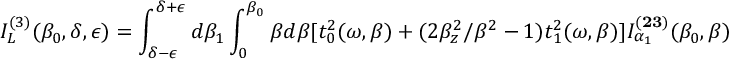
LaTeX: I _ { L } ^ { ( 3 ) } ( { \beta } _ { 0 } , \delta , \epsilon ) = \int _ { \delta - \epsilon } ^ { \delta + \epsilon } d { \beta } _ { 1 } \int _ { 0 } ^ { { \beta } _ { 0 } } { \beta } d { \beta } [ t _ { 0 } ^ { 2 } ( { \omega } , { \beta } ) + ( 2 { \beta } _ { z } ^ { 2 } / { \beta } ^ { 2 } - 1 ) t _ { 1 } ^ { 2 } ( { \omega } , { \beta } ) ] I _ { \alpha _ { 1 } } ^ { ( { \bf 2 3 } ) } ( { \beta } _ { 0 } , { \beta } )